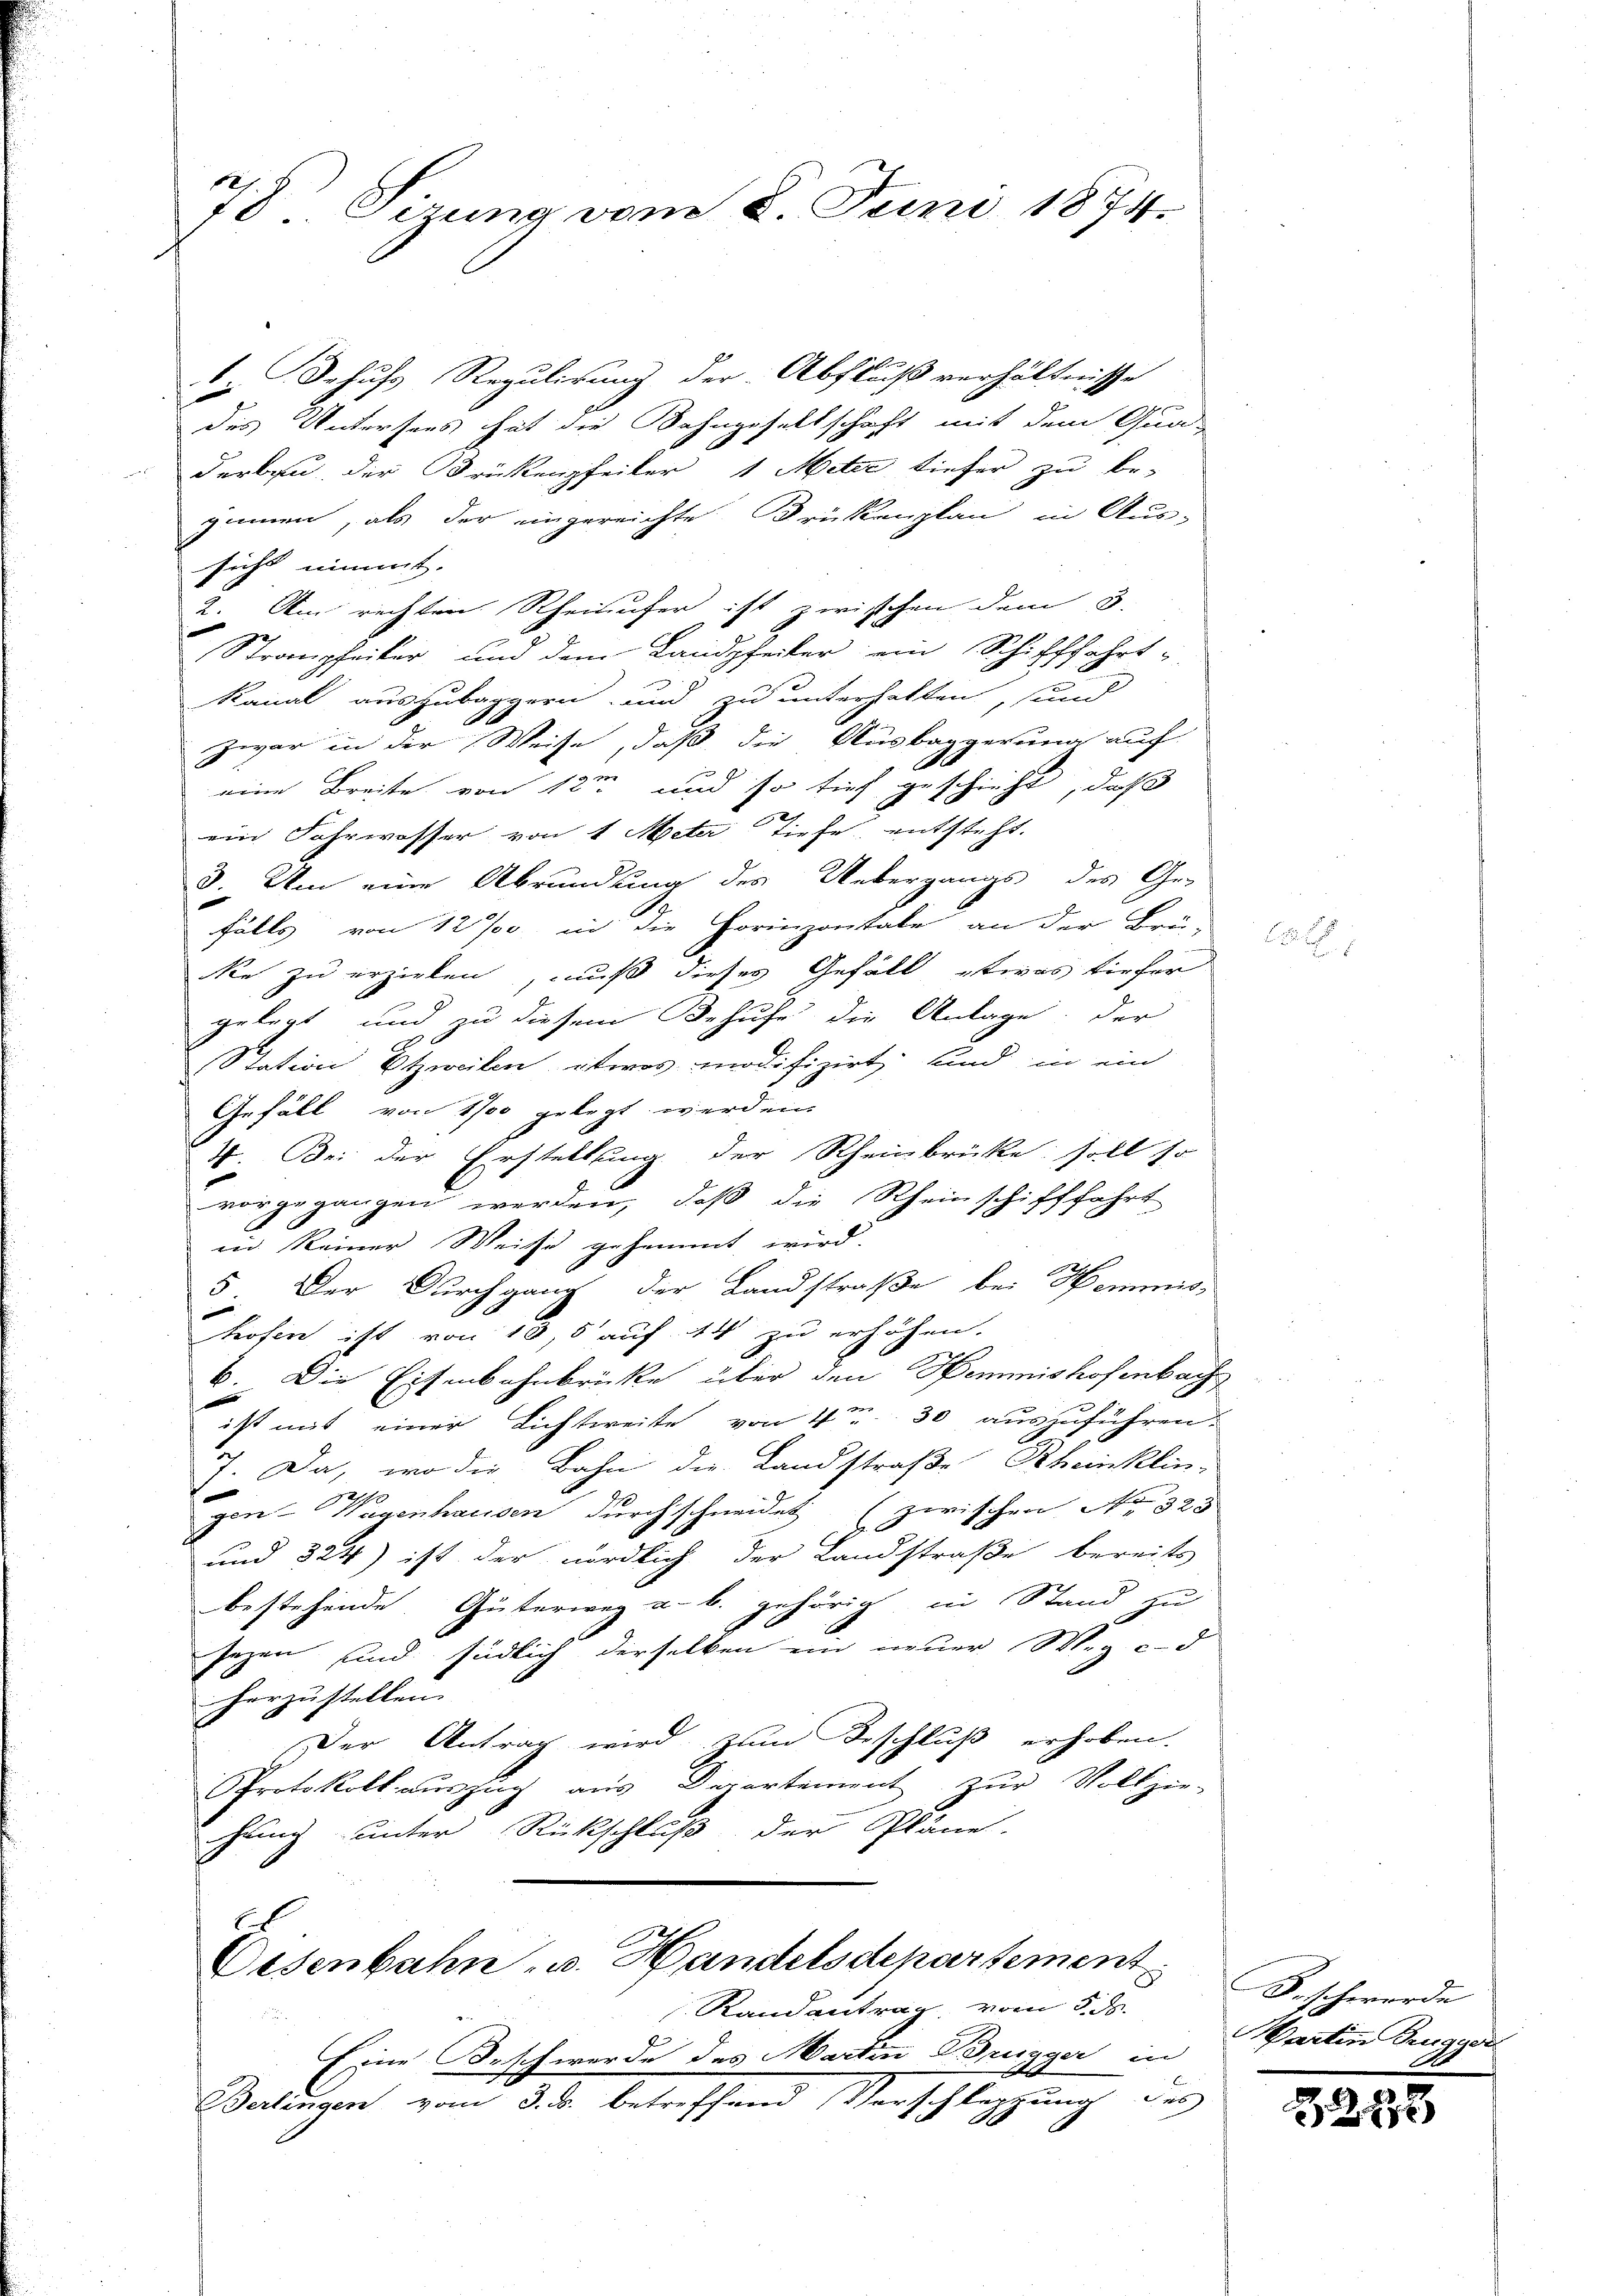
78 Sizung vom 8. Juni 1874.

. Schuss Regulirung der Abfluß verhältnisse
des Untersees hat die Bahngesellschaft mit dem Qua-
derbau der Brükenpfeiler 1 Meter dieser zu be-
zimmen, als der ungereichte Brükenplan in Aus-
sicht nimmt. |
2. Am rechten Rheinufer ist zwischen dem 3.

Stranpfeiler und dem Landpfeiler ein Schifffahrt-
kanal auszubaggern und zu unterhalten, und
zwar in der Weise, daß die Ausbaggerung auf
f
eine Breite von 12te und so tief geschieht, daß
ein Fahrwasser von 1 Meter Tiefe, entsteht.
3. Um eine Abründung des Uebergangs des Ge-
falls von 12 % in die Horizontale an der Brü-
e zu erzielen, muß dieses Gefäll etwas tiefer
gelegt und zu diesem Behufe die Anlage; der
Station Etzweilen etwas modifizirt sind in ein
Gefäll von 1700 gelegt werden.
I. Bei der Erstellung der Rheinbrücke soll so
vorgegangen werden, daß die Rheinschifffahrt
in keiner Weise gehemmt wird.
5 Der Durchgang der Landstraße bei Kommis-
hofen ist von 10,5 auf 44 zu erhöhen.
b. Die Eisenbahnbrücke über den Hemmnishofenbach
ist mit einer Lichtweite von 4te 30 auszuführen.
7. Da, wo die Bahn die Landstraße Rheinklin-

gen Wegenhausen durchschneidet (zwischen No 323
und 324) ist der nördlich der Landstraße bereits
bestehende Güterweg a. b. gehörig in Stand zu
sezen sind südlich derselben ein neuer Weg c. d
herzustellen.
Der Antrag wird zum Beschluß erhoben.
Protokoll auszug aus Departement zur Vollzie-
hung unter Rückschluß der Pläne.

t
Eisenbahn u. Handelsdepartement
Randantrag vom 5. ds.

Eine Beschwerde des Martin Brugger in
Berlingen vom 3. ds. betreffend Vorschleppung des

A

Beschwerde
Partin Brugger

3258